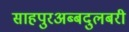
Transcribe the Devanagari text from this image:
साहपुरअब्बदुलबरी